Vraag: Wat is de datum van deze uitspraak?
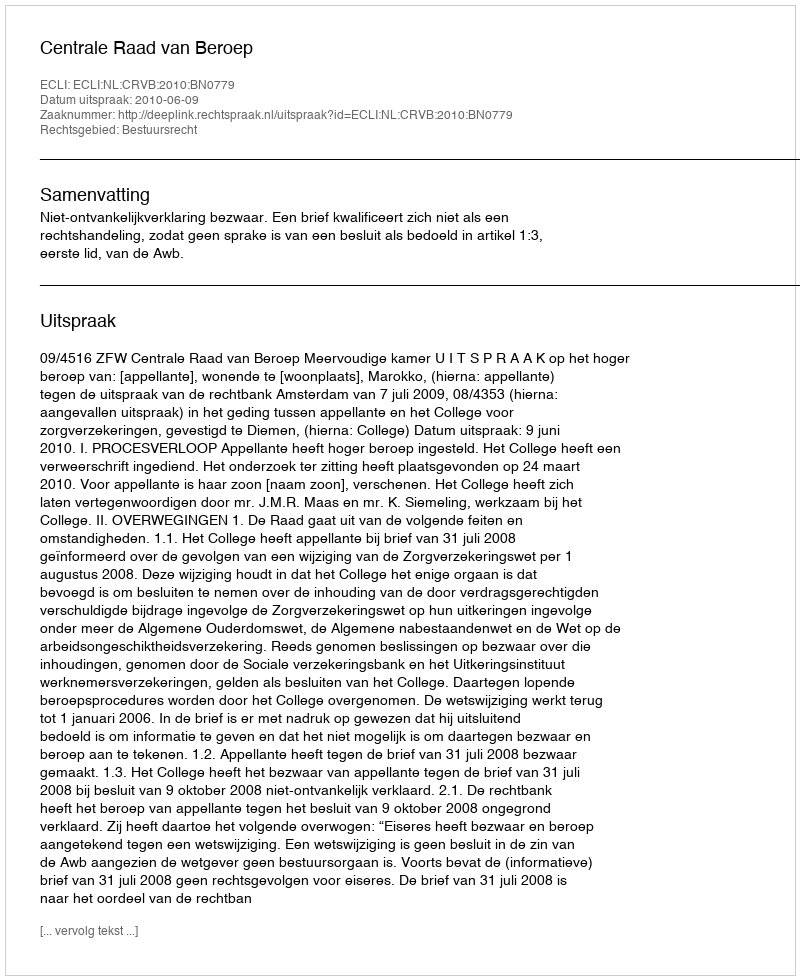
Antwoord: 2010-06-09